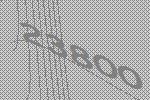
23800